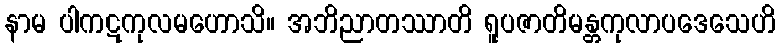
နာမ ပါကဋကုလမဟောသိ။ အဘိညာတဿာတိ ရူပဇာတိမန္တကုလာပဒေသေဟိ